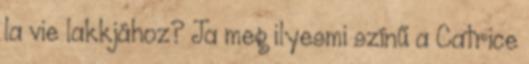
la vie lakkjához? Ja meg ilyesmi színű a Catrice